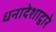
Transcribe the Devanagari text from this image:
धनादेशाद्वारे